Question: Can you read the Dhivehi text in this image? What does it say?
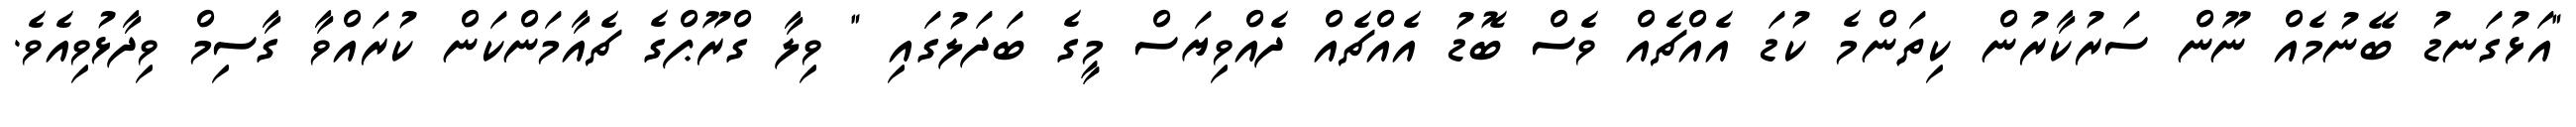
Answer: "އަޅުގަނޑު ބޭނުމެއް ނޫން ސަރުކާރުން ކިތަންމެ ކުޑަ އެއްޗެއް ވެސް ބޮޑު އެއްޗެއް ދެއްވިޔަސް މީގެ ބަދަލުގައި " ވިލާ ގްރޫޕްގެ ޗެއާމަންކަން ކުރައްވާ ގާސިމް ވިދާޅުވިއެވެ.